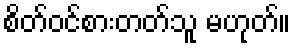
စိတ်ဝင်စားတတ်သူ မဟုတ်။